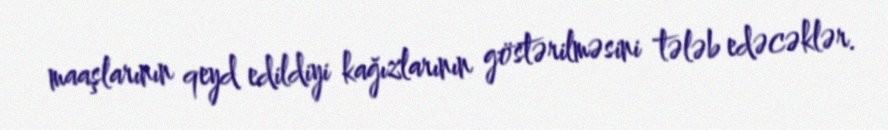
maaşlarının qeyd edildiyi kağızlarının göstərilməsini tələb edəcəklər.